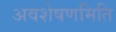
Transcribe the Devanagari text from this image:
अवशेषणमिति